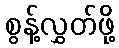
စွန့်လွှတ်ဖို့